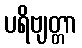
ပရိဗျတ္တာ